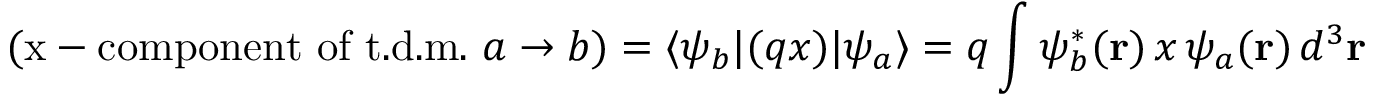
( { \mathrm { x - c o m p o n e n t ~ o f ~ t . d . m . ~ } } a \rightarrow b ) = \langle \psi _ { b } | ( q x ) | \psi _ { a } \rangle = q \int \psi _ { b } ^ { * } ( \mathbf { r } ) \, x \, \psi _ { a } ( \mathbf { r } ) \, d ^ { 3 } \mathbf { r }